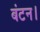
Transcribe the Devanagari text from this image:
बंटन।